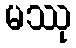
မဿု